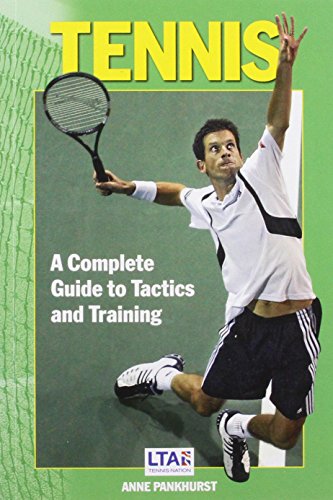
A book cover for Tennis; Anne Pankhurst     ; Sports & Outdoors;